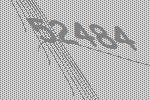
52484